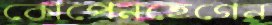
কোপেনহেগেন